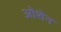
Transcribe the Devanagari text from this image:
ओशेन